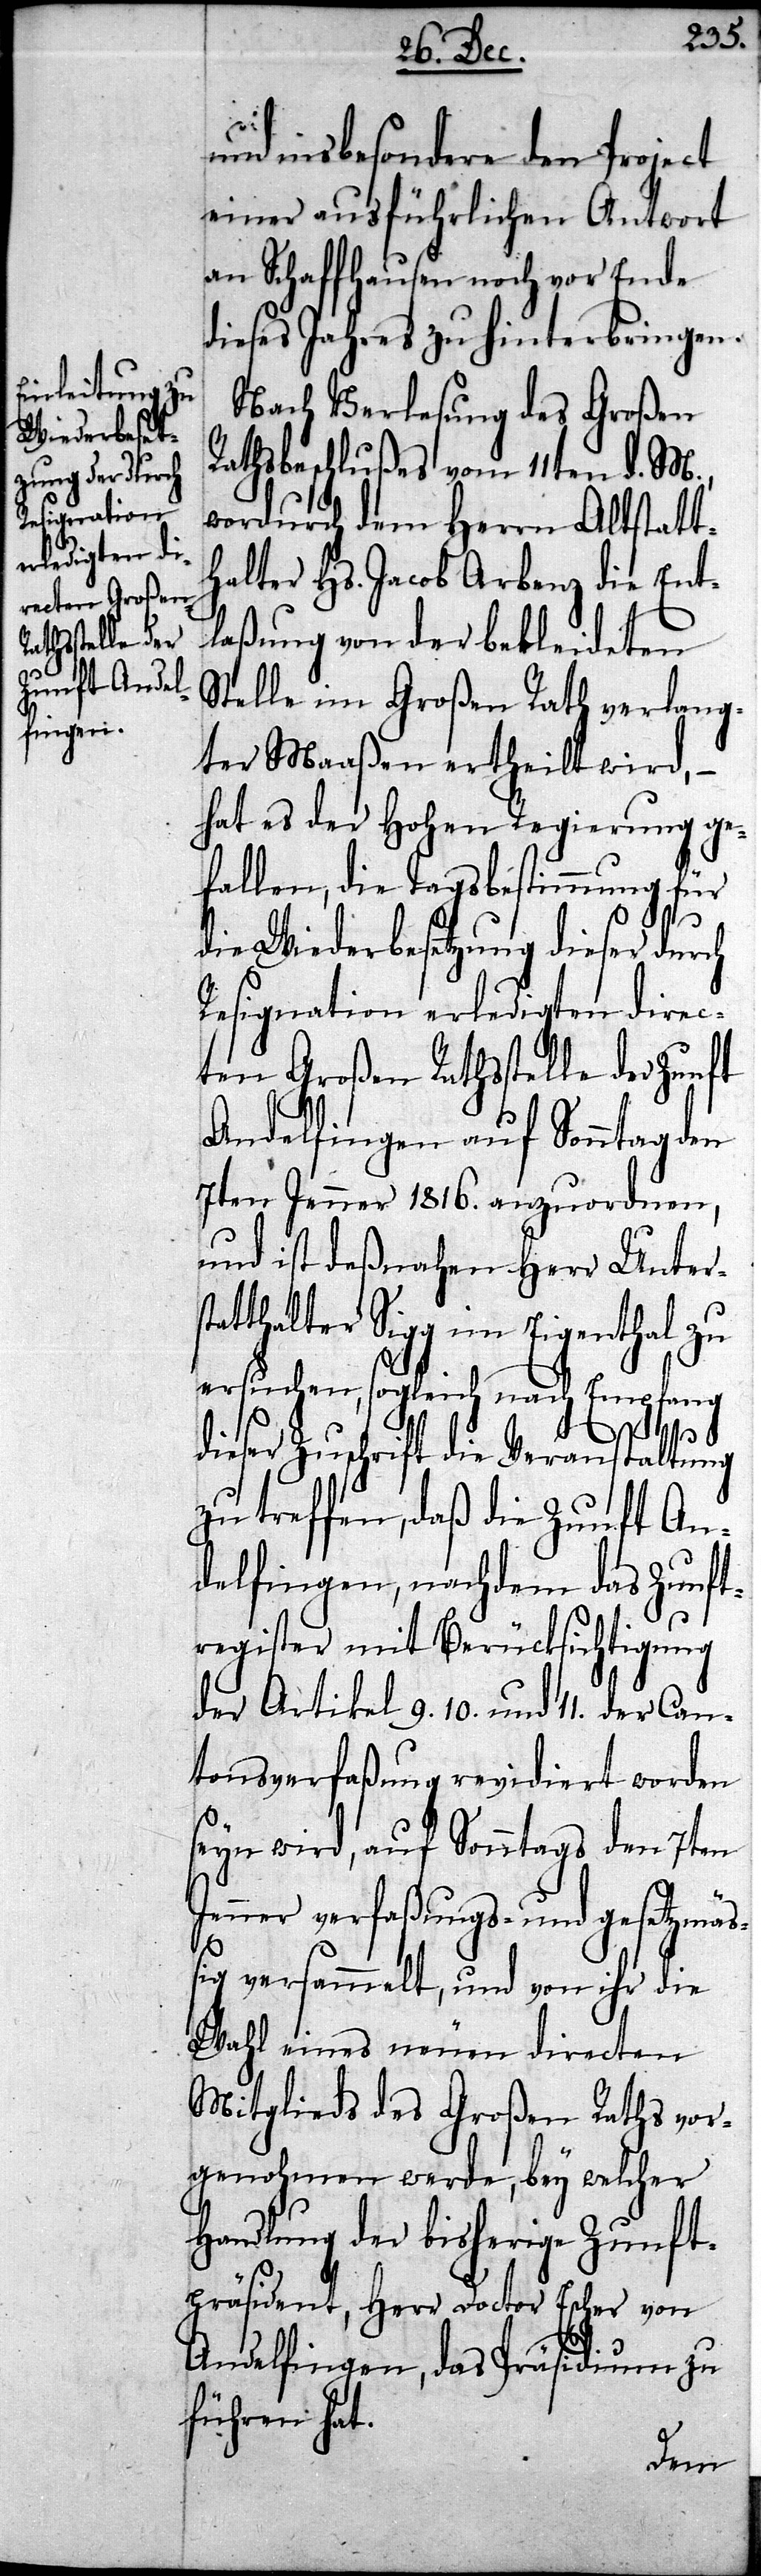
und insbesondere den Project
einer ausführlichen Antwort
an Schaffhausen noch vor Ende
dieses Jahres zu hinterbringen.
Nach Verlesung des Großen
Rathsbeschlußes vom 11ten d. M.,
wordurch dem Herrn Altstatt¬
halter Hs. Jacob Arbenz die Ent¬
laßung von der bekleideten
Stelle im Großen Rath verlang¬
ter Maaßen ertheilt wird, –
hat es der Hohen Regierung ge¬
fallen, die Tagsbestimmung für
die Wiederbesetzung dieser durch
Resignation erledigten direc¬
ten Großen Rathsstelle der Zunft
Andelfingen auf Sonntag den
7ten Jenner 1816. anzuordnen,
und ist deßnahen Herr Unters¬
tatthalter Sigg im Eigenthal zu
ersuchen, sogleich nach Empfang
dieser Zuschrift die Veranstaltung
zu treffen, daß die Zunft An¬
delfingen, nachdem das Zunft¬
register mit Berücksichtigung
der Artikel 9. 10 und 11. der Can¬
tonsverfaßung revidiert worden
seyn wird, auf Sonntags den 7ten
Jenner verfaßungs- und gesetzmäß¬
ig versammelt, und von ihr die
Wahl eines neuen directen
Mitglieds des Großen Raths vor¬
genohmen werde, bey welcher
Handlung der bisherige Zunft¬
präsident, Herr Doctor Escher von
Andelfingen, das Präsidium zu
führen hat.